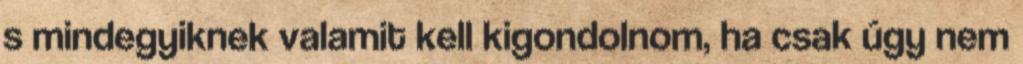
s mindegyiknek valamit kell kigondolnom, ha csak úgy nem